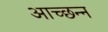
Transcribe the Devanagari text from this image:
आच्छन्‍न